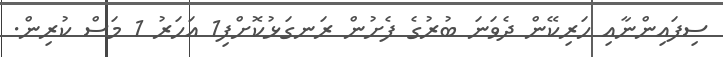
ސިފައިންނާއި ހަރިކޭން ދެވަނަ ބުރުގެ ފެށުން ރަނގަޅުކޮށްފި1 އަހަރު 1 މަސް ކުރިން.